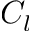
C _ { l }